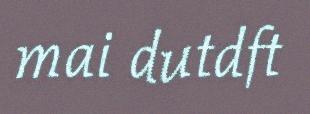
mai dutdft